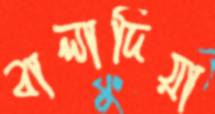
বালাদিয়া